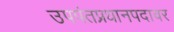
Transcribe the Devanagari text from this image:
उपपंतप्रधानपदावर